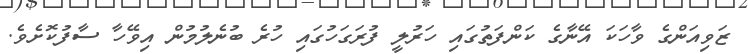
ޒަވިއަންގެ ވާހަކަ އޭނާގެ ކަންފަތުގައި ހަރުލީ ފުރަގަހުގައި ހުރެ ބުނެލުމުން އިވޭހާ ސާފުކޮށެވެ.